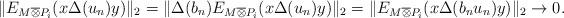
LaTeX: \begin{align*}\|E_{M \overline{\otimes} P_i}(x\Delta(u_n)y)\|_2= \|\Delta(b_n)E_{M \overline{\otimes} P_i}(x\Delta(u_n)y)\|_2= \|E_{M \overline{\otimes} P_i}(x\Delta(b_nu_n)y)\|_2 \to 0.\end{align*}